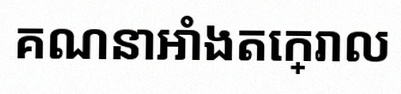
គណនាអាំងតេក្រាល